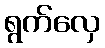
ရွက်လှေ